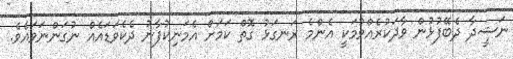
ނަޝީދާ ދެބޭފުޅުން ވާދަކުރެއްވުމަކީ އެންމެ ރަނގަޅު ގޮތް ކަމަށް އެމަނިކުފާނު ދެކެވަޑައެއް ނުގަންނަވައެވެ.